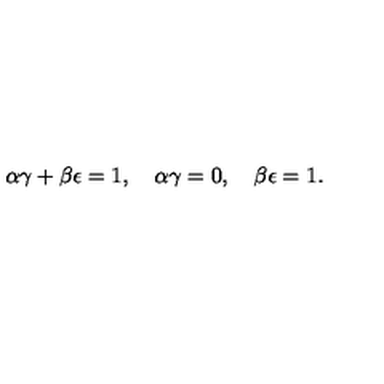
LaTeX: \alpha \gamma + \beta \epsilon = 1 , \quad \alpha \gamma = 0 , \quad \beta \epsilon = 1 .